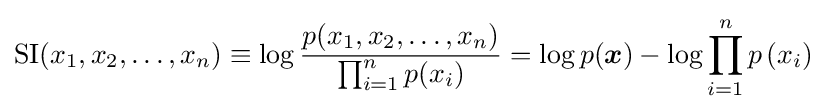
\mathrm {SI} (x_{1},x_{2},\ldots ,x_{n})\equiv \log {\frac {p(x_{1},x_{2},\ldots ,x_{n})}{\prod _{i=1}^{n}p(x_{i})}}=\log p({\boldsymbol {x}})-\log \prod _{i=1}^{n}p\left(x_{i}\right)